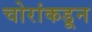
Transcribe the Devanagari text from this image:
चोरांकडून